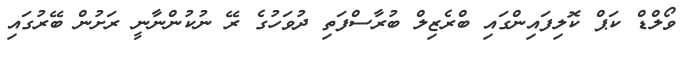
ވޯލްޑް ކަޕް ކޮލިފައިންގައި ބްރެޒިލް ބުރާސްފަތި ދުވަހުގެ ރޭ ނުކުންނާނީ ރަށުން ބޭރުގައި